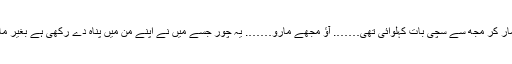
اور تم نے ایک ہی چانٹا مار کر مجھ سے سچی بات کہلوائی تھی……. آؤ مجھے مارو……. یہ چور جسے میں نے اپنے من میں پناہ دے رکھی ہے بغیر مار کے باہر نہیں نکلے گا۔